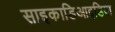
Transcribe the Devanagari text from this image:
साइकाडिआइडिया